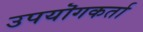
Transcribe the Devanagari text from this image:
उपयॊगकर्ता